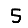
Digit: 5